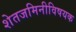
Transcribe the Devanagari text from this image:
शेतजमिनीविषयक